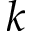
k